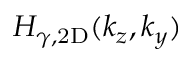
H _ { \gamma , \mathrm { { 2 D } } } ( k _ { z } , k _ { y } )